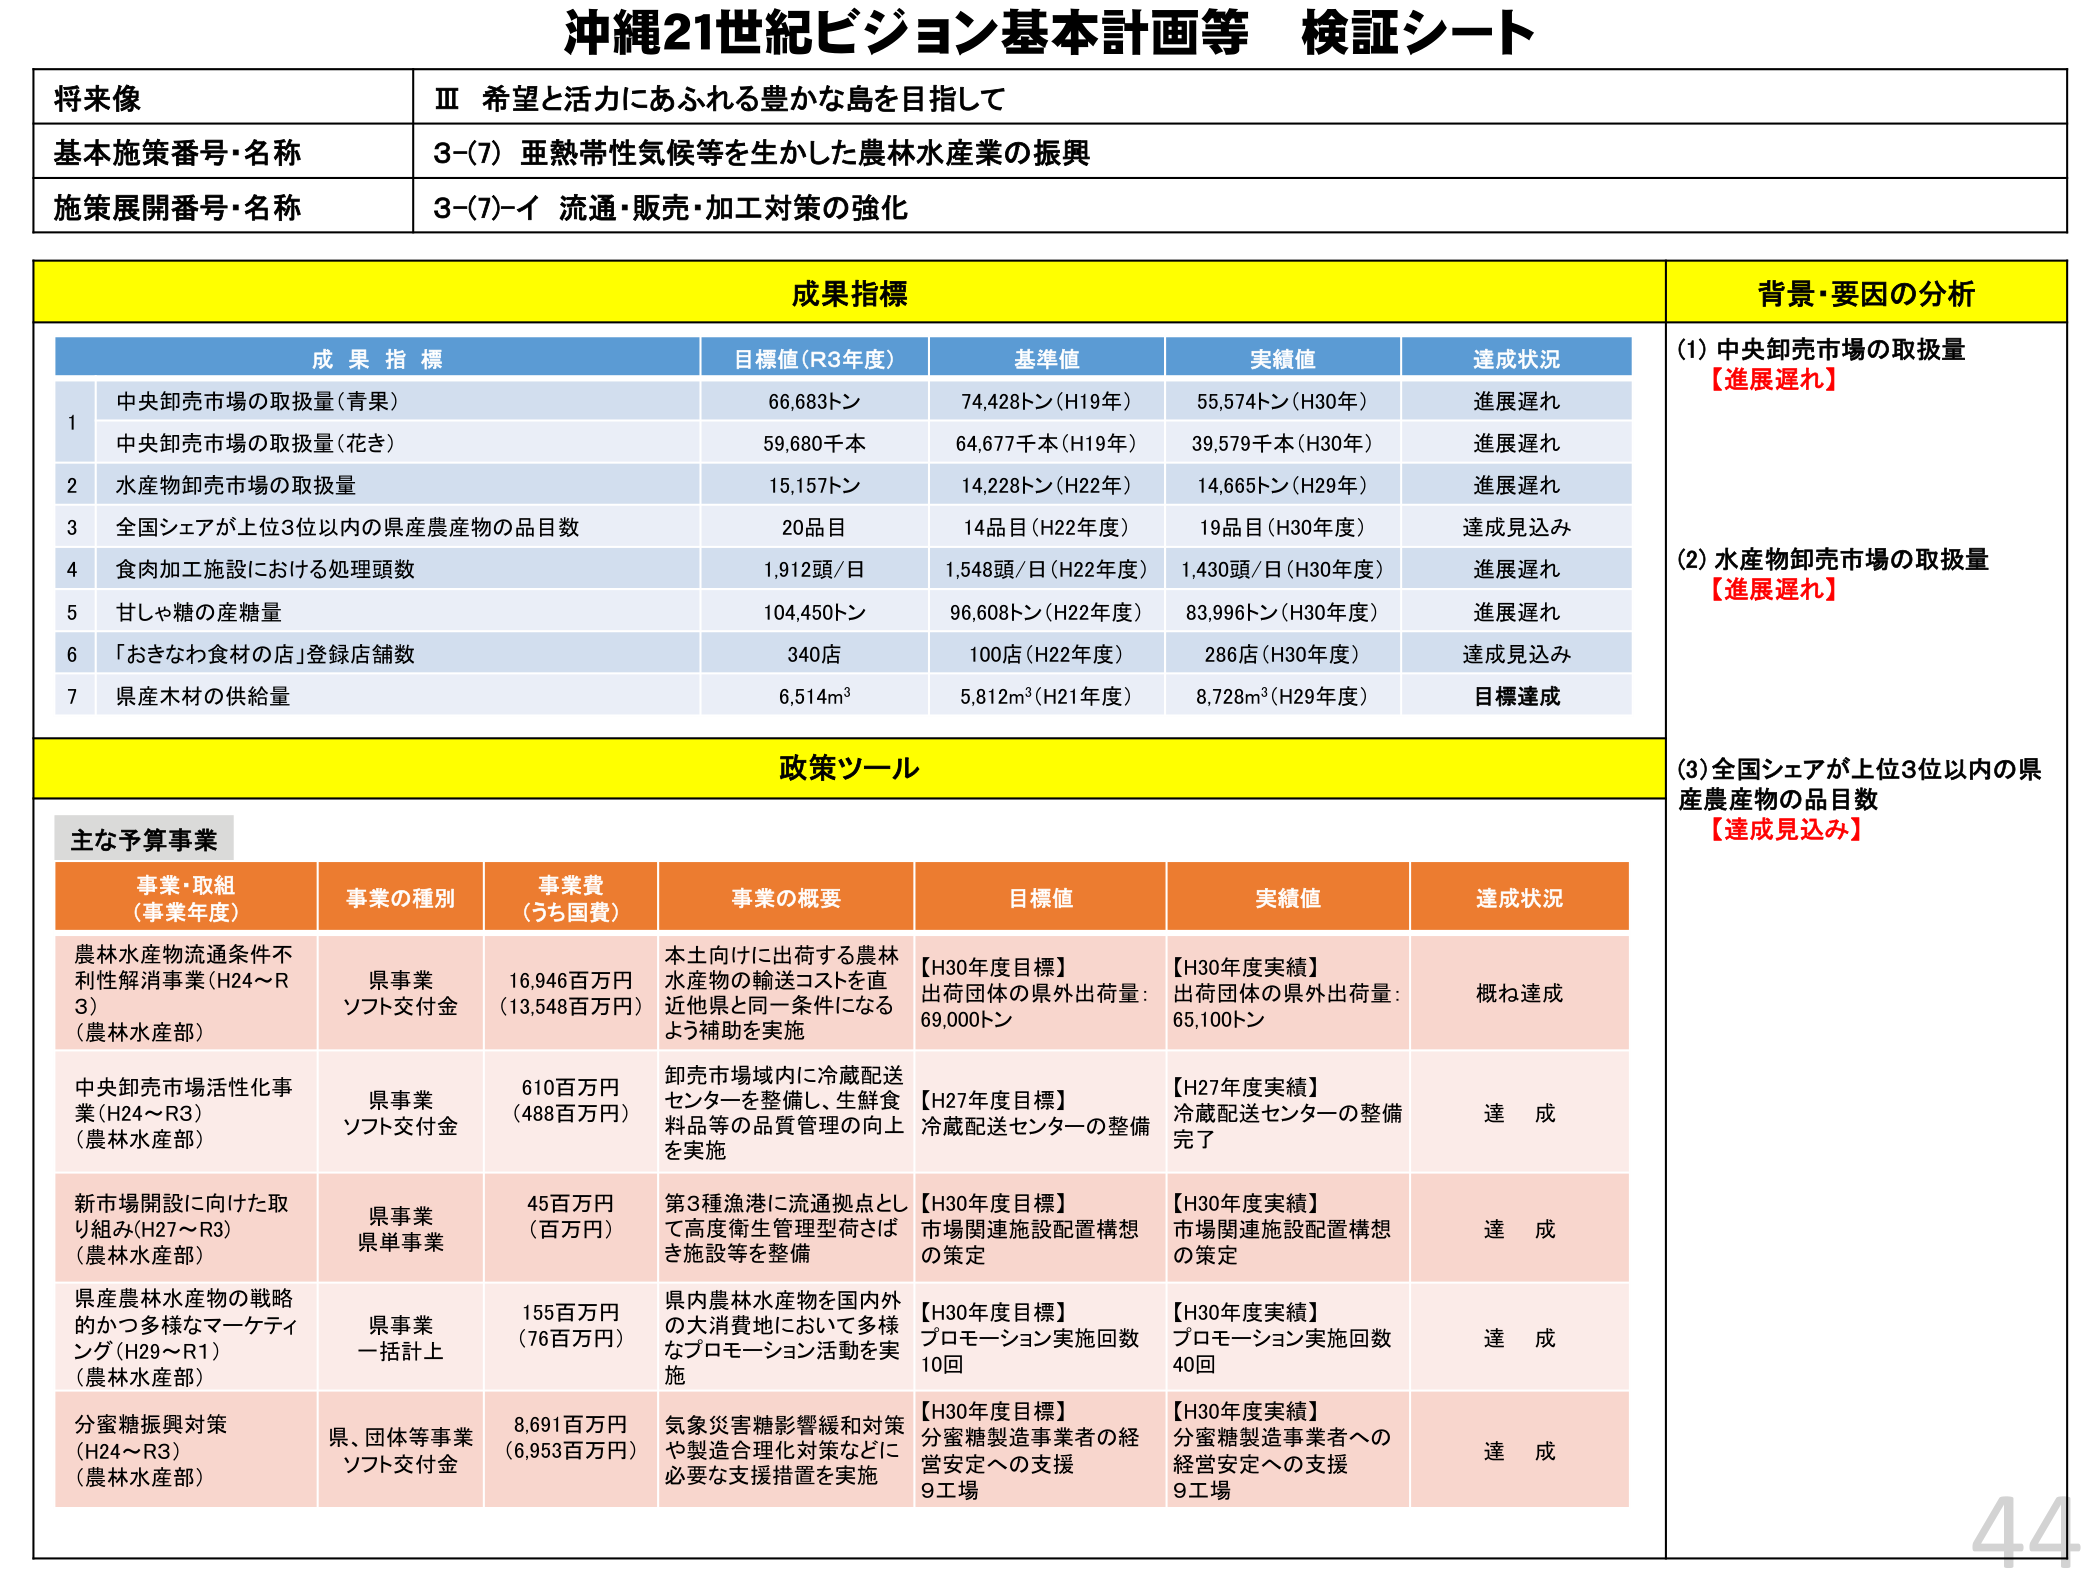
沖縄21世紀ビジョン基本計画等 検証シート

将来像
Ⅲ 希望と活力にあふれる豊かな島を目指して

基本施策番号・名称
3-(7) 亜熱帯性気候等を生かした農林水産業の振興

施策展開番号・名称
3-(7)-イ 流通・販売・加工対策の強化

成果指標

成果指標 目標値(R3年度) 基準値 実績値 達成状況
1 中央卸売市場の取扱量(青果) 66,683トン 74,428トン(H19年) 55,574トン(H30年) 進展遅れ
　 中央卸売市場の取扱量(花き) 59,680千本 64,677千本(H19年) 39,579千本(H30年) 進展遅れ
2 水産物卸売市場の取扱量 15,157トン 14,228トン(H22年) 14,665トン(H29年) 進展遅れ
3 全国シェアが上位3位以内の県産農産物の品目数 20品目 14品目(H22年度) 19品目(H30年度) 達成見込み
4 食肉加工施設における処理頭数 1,912頭/日 1,548頭/日(H22年度) 1,430頭/日(H30年度) 進展遅れ
5 甘しゃ糖の産糖量 104,450トン 96,608トン(H22年度) 83,996トン(H30年度) 進展遅れ
6 「おきなわ食材の店」登録店舗数 340店 100店(H22年度) 286店(H30年度) 達成見込み
7 県産木材の供給量 6,514m³ 5,812m³(H21年度) 8,728m³(H29年度) 目標達成

背景・要因の分析
(1) 中央卸売市場の取扱量
【進展遅れ】

(2) 水産物卸売市場の取扱量
【進展遅れ】

(3) 全国シェアが上位3位以内の県産農産物の品目数
【達成見込み】

政策ツール

主な予算事業

事業・取組（事業年度） 事業の種別 事業費（うち国費） 事業の概要 目標値 実績値 達成状況
農林水産物流通条件不利性解消事業(H24～R3)（農林水産部） 県事業 ソフト交付金 16,946百万円（13,548百万円） 本土向けに出荷する農林水産物の輸送コストを直近他県と同一条件になるよう補助を実施 【H30年度目標】出荷団体の県外出荷量：69,000トン 【H30年度実績】出荷団体の県外出荷量：65,100トン 概ね達成
中央卸売市場活性化事業(H24～R3)（農林水産部） 県事業 ソフト交付金 610百万円（488百万円） 卸売市場域内に冷蔵配送センターを整備し、生鮮食料品等の品質管理の向上を実施 【H27年度目標】冷蔵配送センターの整備 【H27年度実績】冷蔵配送センターの整備完了 達成
新市場開設に向けた取り組み(H27～R3)（農林水産部） 県事業 県単事業 45百万円（百万円） 第3種漁港に流通拠点として高度衛生管理型荷さばき施設等を整備 【H30年度目標】市場関連施設配置構想の策定 【H30年度実績】市場関連施設配置構想の策定 達成
県産農林水産物の戦略的かつ多様なマーケティング(H29～R1)（農林水産部） 県事業 一括計上 155百万円（76百万円） 県内農林水産物を国内外の大消費地において多様なプロモーション活動を実施 【H30年度目標】プロモーション実施回数10回 【H30年度実績】プロモーション実施回数40回 達成
分蜜糖振興対策(H24～R3)（農林水産部） 県、団体等事業 ソフト交付金 8,691百万円（6,953百万円） 気象災害影響緩和対策や製造合理化対策などに必要な支援措置を実施 【H30年度目標】分蜜糖製造事業者の経営安定への支援9工場 【H30年度実績】分蜜糖製造事業者への経営安定への支援9工場 達成

44